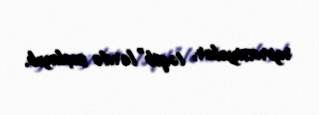
repressiyalar, təqib”lərdə suçlayıb.